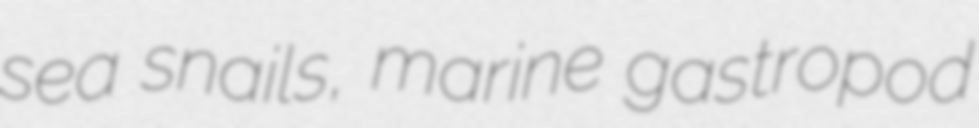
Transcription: sea snails, marine gastropod